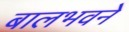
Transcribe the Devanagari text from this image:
बालभवने